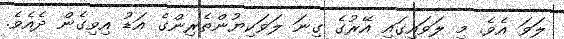
ލަވަ އެވެ. މި ލަވައިގައި އޭރުގެ ގިނަ ލަވަކިޔުންތެރިންގެ އަޑު އިިވިގެން ދެއެވެ.